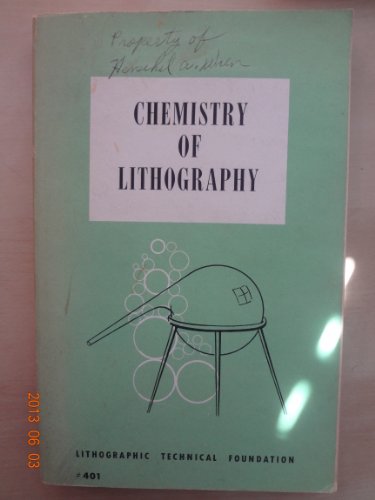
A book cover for Chemistry of Lithography; Paul J. Hartsuch; Arts & Photography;